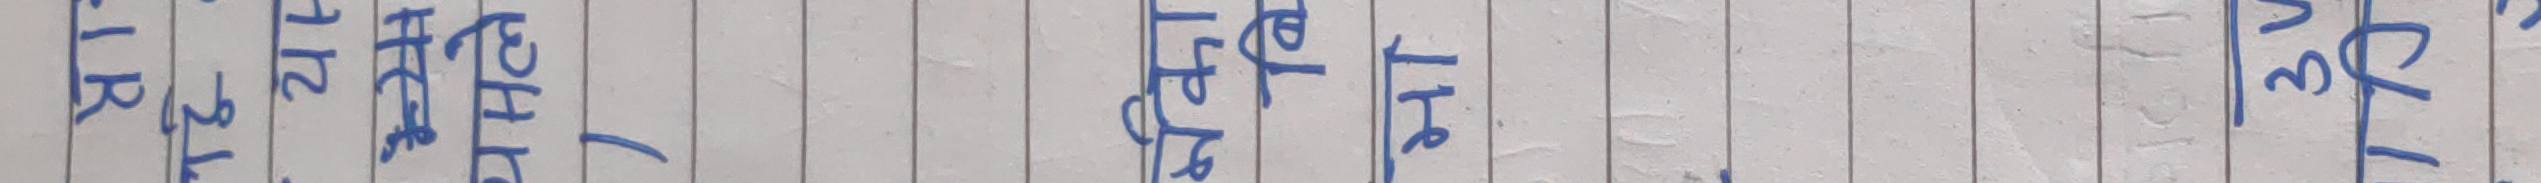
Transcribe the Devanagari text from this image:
फर्केर आएर